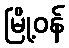
မြို့ဝန်